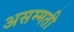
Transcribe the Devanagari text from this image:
असम्मती